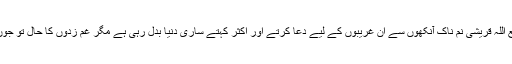
پروفیسر سمیع اللہ قریشی نم ناک آنکھوں سے ان غریبوں کے لیے دعا کرتے اور اکثر کہتے ساری دنیا بدل رہی ہے مگر غم زدوں کا حال تو جوں کا توں ہے۔